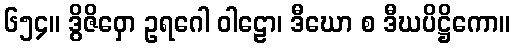
၆၅၄။ ဒွိဇိဝှော ဥရဂေါ ဝါဠော၊ ဒီဃော စ ဒီဃပိဋ္ဌိကော။